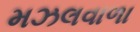
મઝલવાળા